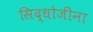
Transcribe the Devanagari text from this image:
सिद्धोजींना